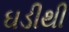
ઘડીથી